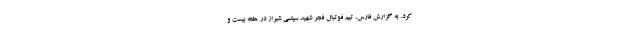
کرد. به گزارش فارس، تیم فوتبال فجر شهید سپاسی شیراز در هفته بیست و